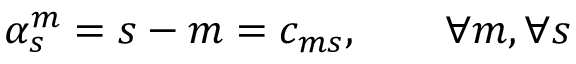
\alpha _ { s } ^ { m } = s - m = c _ { m s } , \qquad \forall m , \forall s